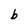
Character: b